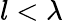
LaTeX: l<\lambda